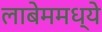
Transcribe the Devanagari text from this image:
लाबेममध्ये